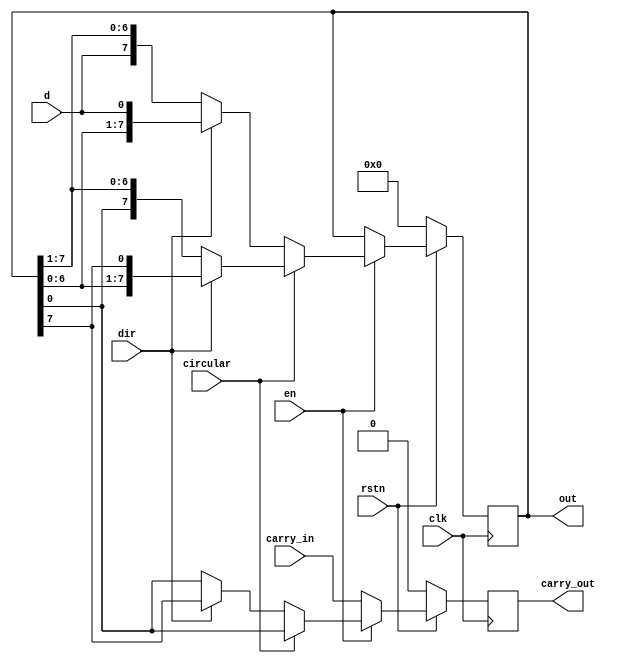
module bidir_shift_reg #(parameter MSB=8) (
  input d,
  input clk,
  input en,
  input dir,
  input circular,
  input rstn,
  input carry_in,
  output reg [MSB-1:0] out,
  output reg carry_out
);

  always @(posedge clk) begin
    if (!rstn) begin
      out <= 0;       // reset the output
      carry_out <= 0; // reset the carry_out
    end
    else begin
      if (en) begin
        if (circular) begin
          // executes circular shift register if circular=1
          carry_out <= out[0];
          if (dir)
            // performs left shift operation when dir=1
            out <= {out[MSB-2:0], out[MSB-1]};  // left shift operation
          else
            // performs right shift operation when dir=0
            out <= {out[0], out[MSB-1:1]};      // right shift operation
        end
        else begin
          // executes shift register if circular=0
          if (dir) begin              
            // performs left shift operation when dir=1
            carry_out <= out[MSB-1];  // sets the output bit
            out <= {out[MSB-2:0], d}; // left shift operation
          end
          else begin                  
            // performs right shift operation when dir=0
            carry_out <= out[0];      // sets the output bit
            out <= {d, out[MSB-1:1]}; // right shift operation
          end
        end
      end 
      else begin
        out <= out;             // no change in output 
        carry_out <= carry_in;  // carry_out is set to carry_in
      end
    end
  end



endmodule